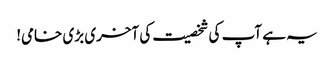
یہ ہے آپ کی شخصیت کی آخری بڑی خامی!